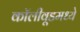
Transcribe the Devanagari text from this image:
कॉलीवूडमध्ये